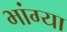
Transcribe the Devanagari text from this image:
भांग्या